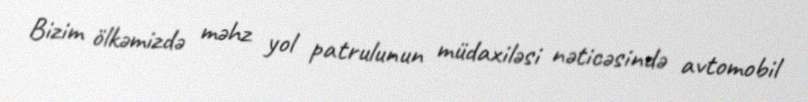
Bizim ölkəmizdə məhz yol patrulunun müdaxiləsi nəticəsində avtomobil